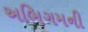
અભિગમની